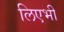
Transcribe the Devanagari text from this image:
लिएभी